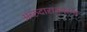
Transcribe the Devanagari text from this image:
अब्‍रुदाराकारण